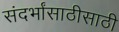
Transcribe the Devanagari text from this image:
संदर्भांसाठीसाठी